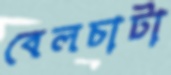
বেলচাটা